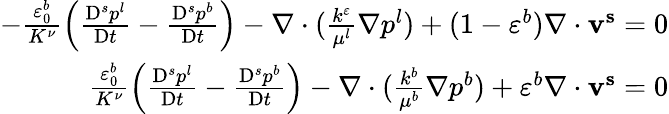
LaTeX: \begin{array}{r}{-\frac{\varepsilon_{0}^{b}}{K^{\nu}}\left(\frac{\mathrm{D}^{s}p^{l}}{\mathrm{D}t}-\frac{\mathrm{D}^{s}p^{b}}{\mathrm{D}t}\right)-\nabla\cdot(\frac{k^{\varepsilon}}{\mu^{l}}\mathbf{\nabla}p^{l})+(1-\varepsilon^{b})\nabla\cdot\mathbf{v^{s}}=0}\\ {\frac{\varepsilon_{0}^{b}}{K^{\nu}}\left(\frac{\mathrm{D}^{s}p^{l}}{\mathrm{D}t}-\frac{\mathrm{D}^{s}p^{b}}{\mathrm{D}t}\right)-\nabla\cdot(\frac{k^{b}}{\mu^{b}}\mathbf{\nabla}p^{b})+\varepsilon^{b}\nabla\cdot\mathbf{v^{s}}=0}\end{array}